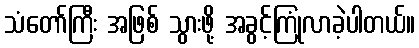
သံတော်ကြီး အဖြစ် သွားဖို့ အခွင့်ကြုံလာခဲ့ပါတယ်။